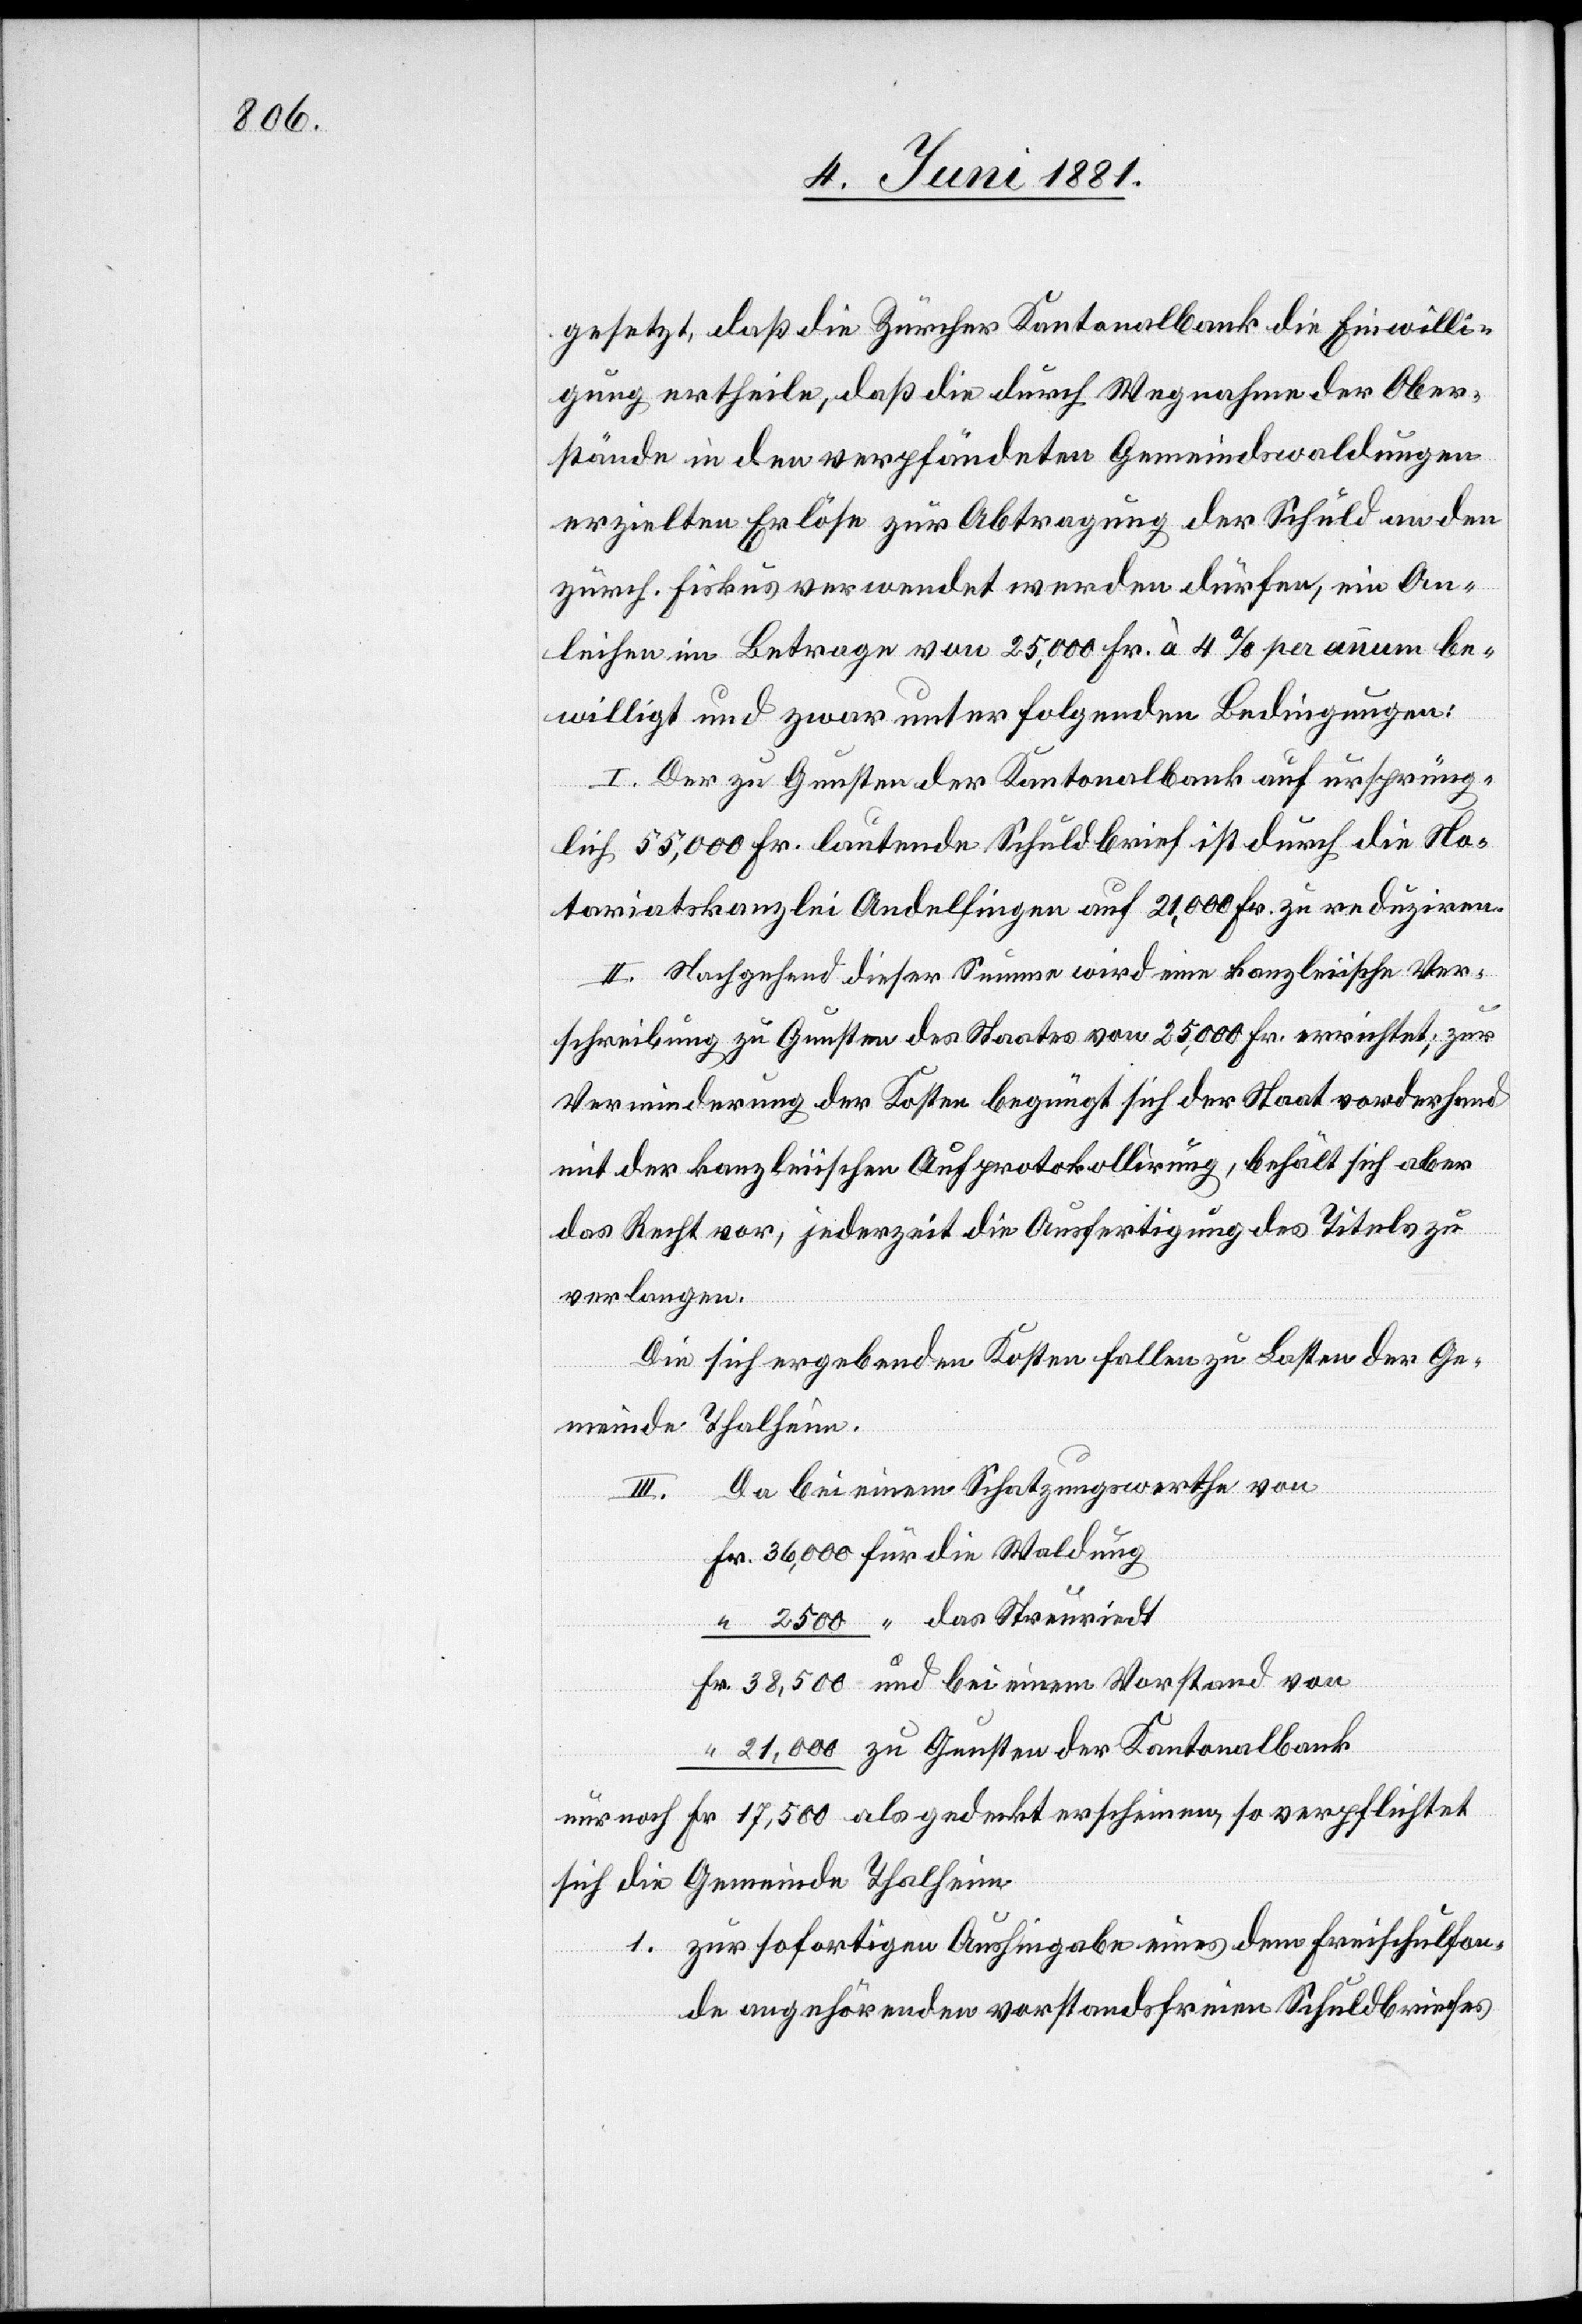
gesetzt, daß die Zürcher Kantonalbank die Einwilli¬
gung ertheile, daß die durch Wegnahme der Ober¬
stände in den verpfändeten Gemeindswaldungen
erzielten Erlöse zur Abtragung der Schuld an den
zürch. Fiskus verwendet werden dürfen, ein An¬
leihen im Betrage von 25,000 Fr. à 4% per annum be¬
willigt und zwar unter folgenden Bedingungen:
I. Der zu Gunsten der Kantonalbank auf ursprüng¬
lich 55,000 Fr. lautende Schuldbrief ist durch die No¬
tariatskanzlei Andelfingen auf 21,000 Fr. zu reduziren.
II. Nachgehend dieser Summe wird eine kanzleiische Ver¬
schreibung zu Gunsten des Staates von 25,000 Fr. verrichtet; zur
Verminderung der Kosten begnügt sich der Staat vorderhand
mit der kanzleiischen Aufprotokollirung, behält sich aber
das Recht vor, jederzeit die Ausfertigung des Titels zu
so
verlangen.
Die sich ergebenden Kosten fallen zu Lasten der Ge¬
meinde Thalheim.
III. Da bei einem Schatzungswerthe von
eckt
nur noch
sich die Gemeinde Thalheim
1. zur sofortigen Aushingabe eines dem Freischulfon¬
de angehörenden vorstandsfreien Schuldbriefes